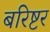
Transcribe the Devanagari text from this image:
बरिष्टर